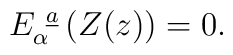
E_\alpha^{~\underline a}\left(Z(z)\right)=0.